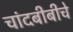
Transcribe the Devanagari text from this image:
चांदबीबीचे